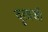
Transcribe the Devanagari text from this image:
दुलाजी